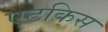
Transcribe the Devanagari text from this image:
एटकिस